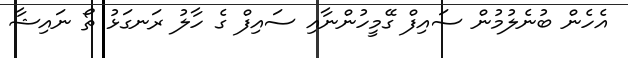
އެހެން ބުނެލުމުން ސައިފް ގޭމީހުންނާއި ސައިފް ގެ ހާލު ރަނގަޅު ތޯ ނައިޝާ